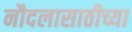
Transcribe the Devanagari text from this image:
नौदलासाठीच्या